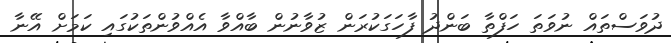
ދުވަސްތައް ނުވަތަ ހަފްތާ ބަންދު ފާހަގަކުރަން ޒުވާނުން ބާއްވާ އެއްވުންތަކުގައި ކަމަށް އޭނާ